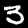
Digit: 3